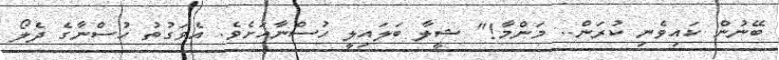
ބޭނުން ކައިވެނި ކުރަން.. މަންމާ!" ޝީލާ ބަލައިލީ ހުސްނާއަށެވެ. އެވަގުތު ހުސްނާގެ ދެލޯ